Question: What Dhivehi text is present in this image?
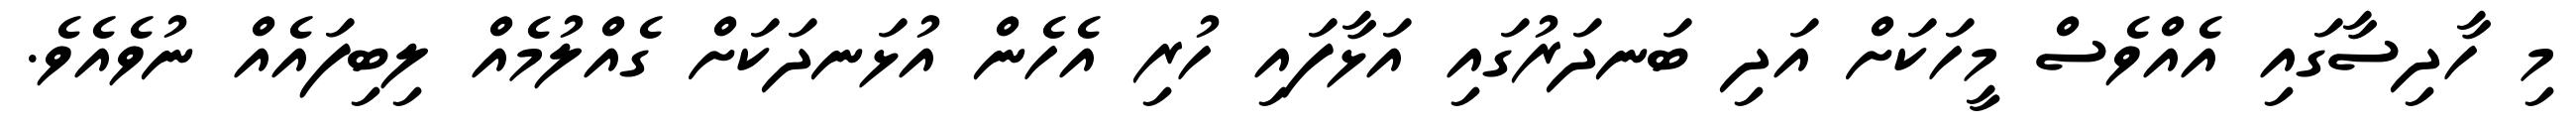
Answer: މި ހާދިސާގައި އެއްވެސް މީހަކަށް އަދި ބަނދަރުގައި އަޅާފައި ހުރި އެހެން އުޅަނދަކަށް ގެއްލުމެއް ލިބިފައެއް ނުވެއެވެ.